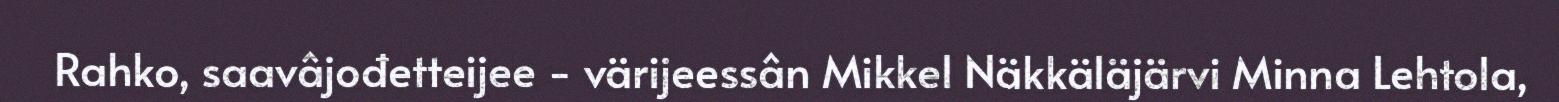
Rahko, saavâjođetteijee - värijeessân Mikkel Näkkäläjärvi Minna Lehtola,